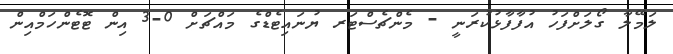
ލަމޭލާ ގޯލަށްފަހު އުފާފާޅުކުރަނީ - މެންޗެސްޓަރ ޔުނައިޓެޑްގެ މައްޗަށް 0-3 އިން ޓޮޓެންހަމްއިން